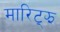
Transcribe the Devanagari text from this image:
मारिट्झ